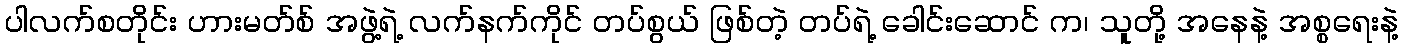
ပါလက်စတိုင်း ဟားမတ်စ် အဖွဲ့ရဲ့ လက်နက်ကိုင် တပ်စွယ် ဖြစ်တဲ့ တပ်ရဲ့ ခေါင်းဆောင် က၊ သူတို့ အနေနဲ့ အစ္စရေးနဲ့